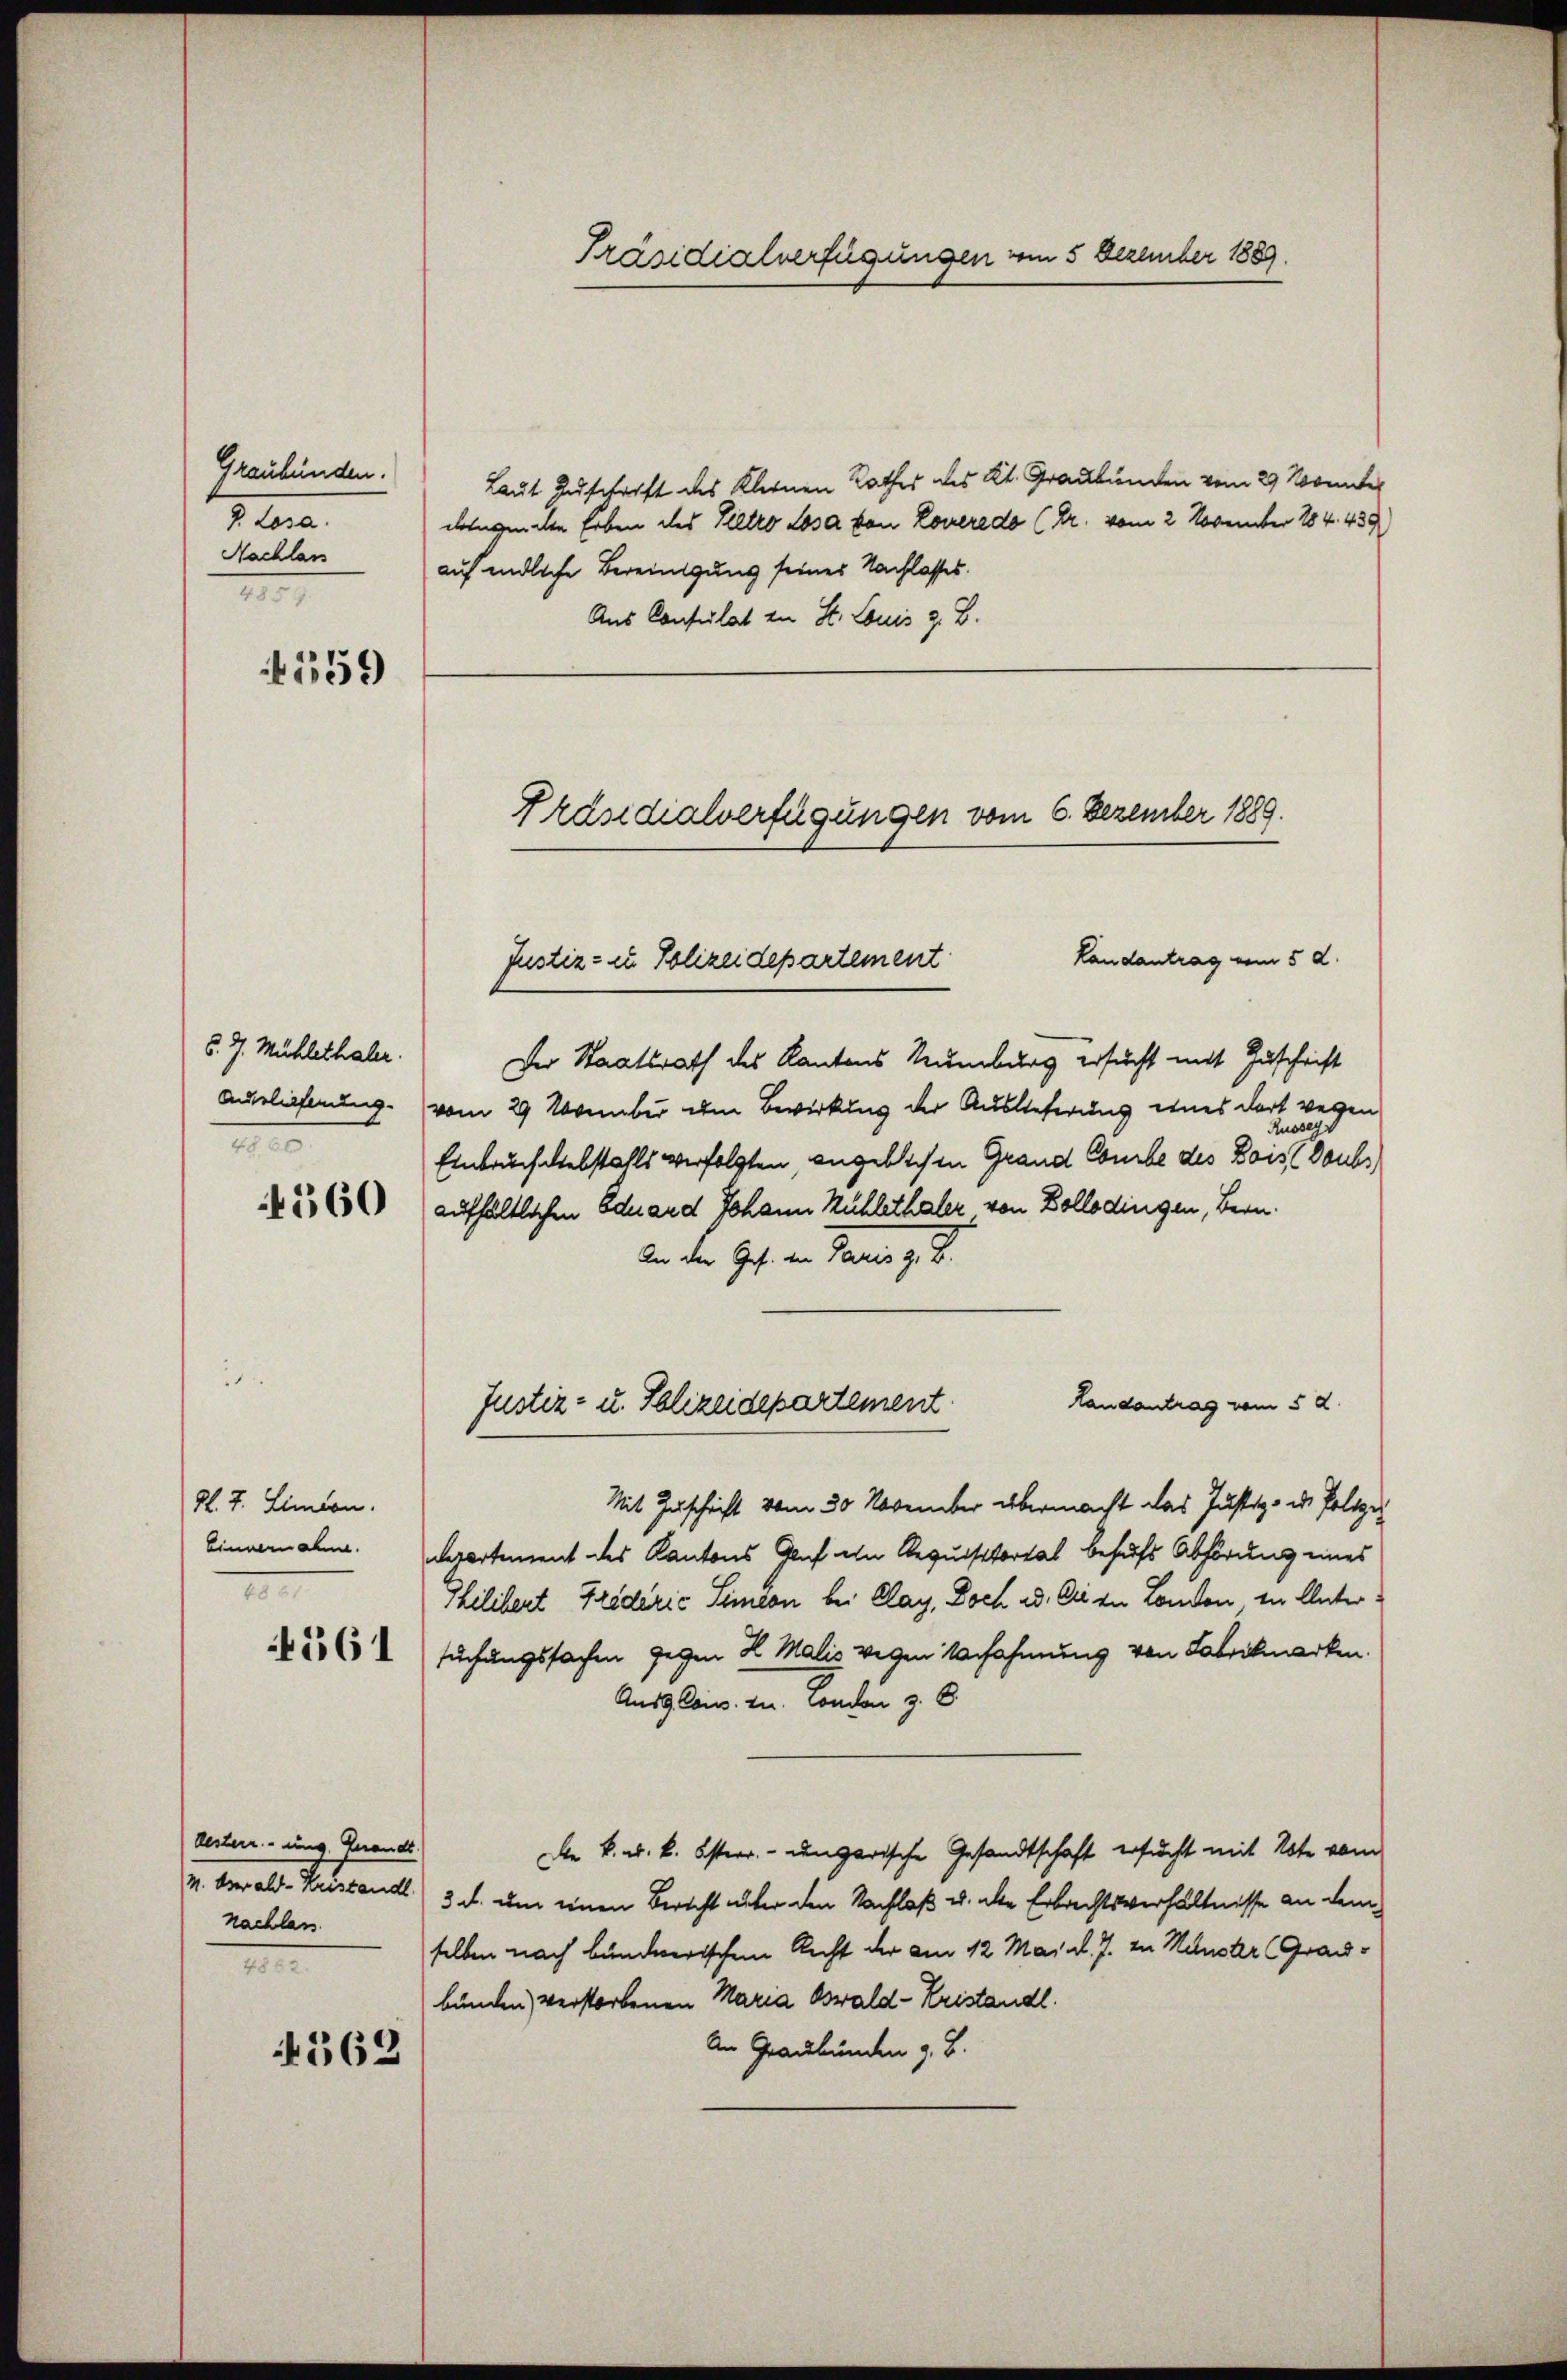
Graubünden.
V. Losa.
Nachlan
2

4359

§. 7. Mühlethaler.
Auslieferung
III

560

dl. J. Linien.
Einnernahm.
1

4561

Auten ung. Grands
nachlass
III

4562

Präsidialverfügungen vom 5 Dezember 1889.

Laut Zuschrift des Kleinen Rathes des Kt. Graubünden vom 29 Nonnte
deiche Erben des Keltro losa von Loverede (Dr. vom 2. November 184. 439
auf endliche Bereinigung seiner Nachlasses.
Aus Consulat zu St. Louis z. B.
Der Staatsrath des Kantons Rumburg ersucht mit Zuschrift
vom 29 November im Bewirkung der Auslieferung eines dort wegen
Zusseg
Einbruch liebstahls verfolgten, angeblichen Grand Combe des Bois (Daube
aufhältlichen Eduard Johann Kühlethaler von Zollodingen, Bern.
An der Ges. in Parer z. B.
Landantrag vom 5. d.
Justiz- u. Polizeidepartement.
Mit Zuschrift vom 30 November übermacht das Justiz- u. Polize
derartement des Kantons Graf in Requisitorial behufs Abhörung eines
Philibert Friderić Simeon bei Clag, Doch ad. Er in London in Unter
suchungssachen gegen 2 Malis wegen Verfahmung von Fabrikmarken.
Ausg. Cons. zu London z. 8
Die k. k. k. Österr. ungarische Gesandtschaft ersucht mit Note vom
v. Oberald-Keiseandl) 3. d. um einen Bericht unter den Nachlaß u. die Erbrechtsverhältnisse an dem
selben nach bundnerischen Recht der am 12 Mai l. J. zu Meluster (Graubunden) verstorbenen Maria Oswald-Kristandl.
An Graubünden z. B.

Landantrag vom 5. d.
Justiz- u Polizeidepartement

Präsidialverfügungen vom 6. Dezember 1889.